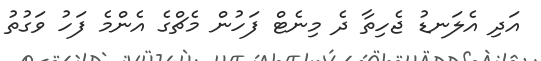
އަދި އެލަނޑު ޖެހިތާ ދެ މިނެޓް ފަހުން މެޗްގެ އެންމެ ފަހު ވަގުތު